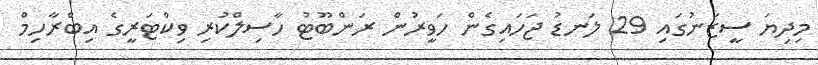
މިދިޔަ ސީޒަނުގައި 29 ލަނޑު ޖަހައިގެން ހަވީރުން ރަންބޫޓު ހާސިލްކުރި ވިކްޓަރީގެ އިބްރާހިމް